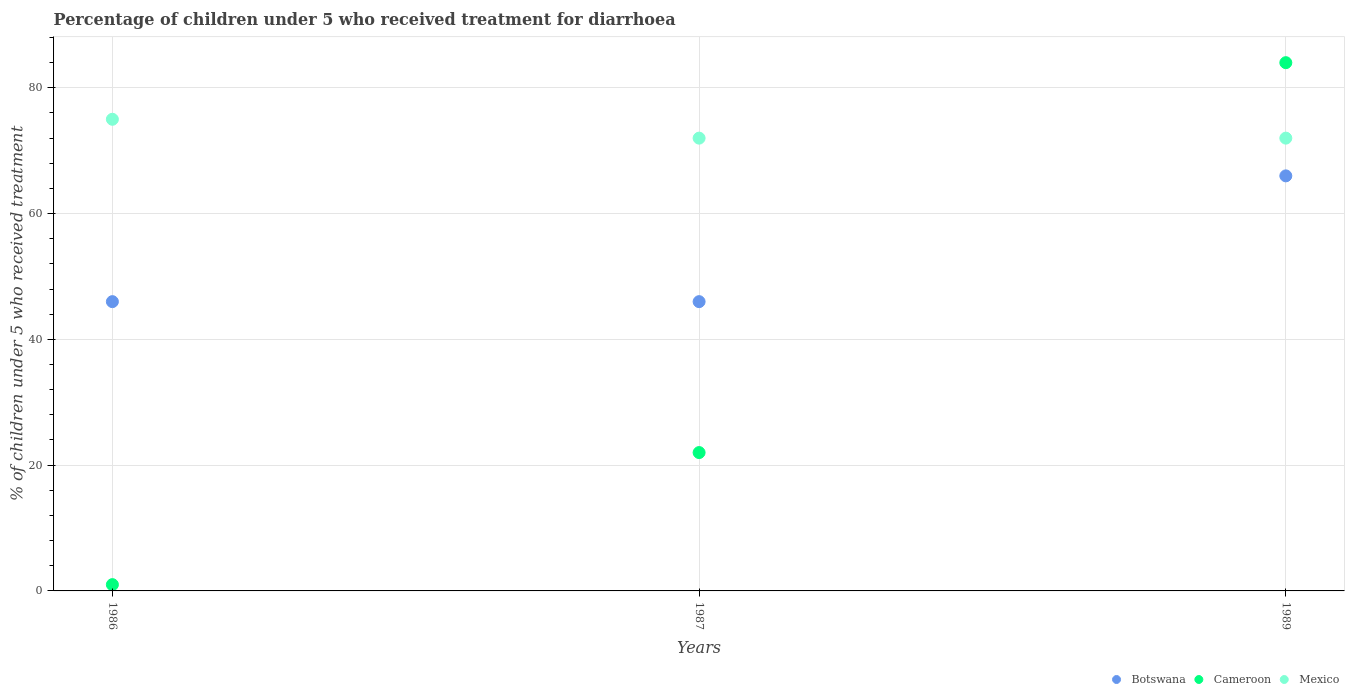
| Years | Botswana | Cameroon | Mexico |
 | --- | --- | --- | --- |
 | 1986 | 46 | 1 | 75 |
 | 1987 | 46 | 22 | 72 |
 | 1989 | 66 | 84 | 72 |